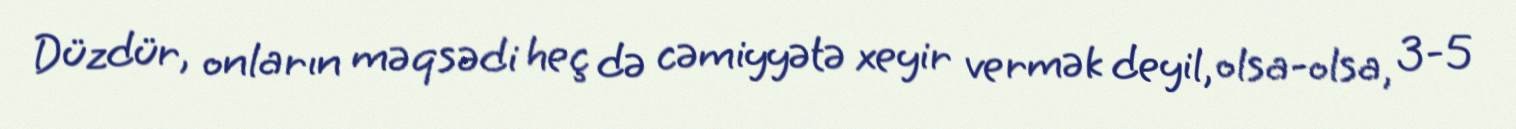
Düzdür, onların məqsədi heç də cəmiyyətə xeyir vermək deyil, olsa-olsa, 3-5